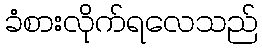
ခံစားလိုက်ရလေသည်